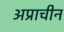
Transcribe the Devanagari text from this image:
अप्राचीन